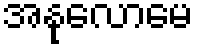
အနုလောမေ